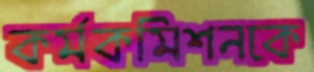
কর্মকমিশনকে